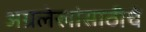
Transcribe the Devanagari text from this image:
अग्रलेखांसाठीचे